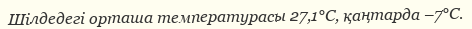
Шілдедегі орташа температурасы 27,1°С, қаңтарда –7°С.